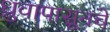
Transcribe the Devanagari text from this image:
ध्रुवापासूनचे